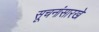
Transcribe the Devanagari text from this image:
सूचनांसारखे